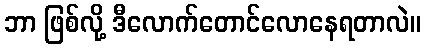
ဘာ ဖြစ်လို့ ဒီလောက်တောင်လောနေရတာလဲ။